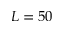
L = 5 0